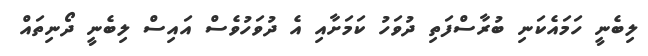
ލިބެނީ ހަމައެކަނި ބުރާސްފަތި ދުވަހު ކަމަށާއި އެ ދުވަހުވެސް އައިސް ލިބެނީ ދޯނިތައް